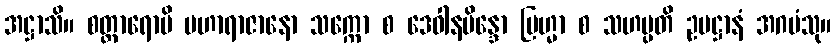
အဋ္ဌာသိ။ စတ္တာရောပိ မဟာရာဇာနော သက္ကော စ ဒေဝါနမိန္ဒော ဗြဟ္မာ စ သဟမ္ပတိ ဥပဋ္ဌာနံ အဂမံသု။